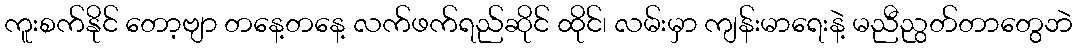
ကူးစက်နိုင် တော့ဗျာ တနေ့တနေ့ လက်ဖက်ရည်ဆိုင် ထိုင်၊ လမ်းမှာ ကျန်းမာရေးနဲ့ မညီညွတ်တာတွေဘဲ